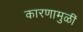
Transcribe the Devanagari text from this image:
कारणामुळीं